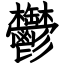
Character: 鬱